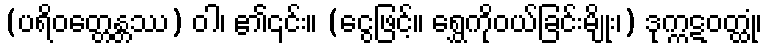
(ပရိဝတ္တေန္တဿ) ဝါ၊ ၏၎င်း။ (ငွေဖြင့်။ ရွှေကိုဝယ်ခြင်းမျိုး၊) ဒုက္ကဋဝတ္ထုံ၊